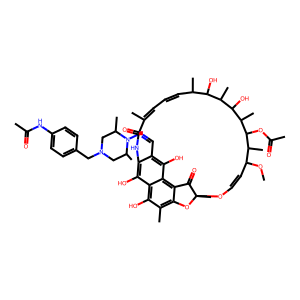
SMILES: COC1C=COC2(C)Oc3c(C)c(O)c4c(O)c(c(C=NN5C(C)CN(Cc6ccc(NC(C)=O)cc6)CC5C)c(O)c4c3C2=O)NC(=O)C(C)=CC=CC(C)C(O)C(C)C(O)C(C)C(OC(C)=O)C1C
Inhibits HIV replication: No